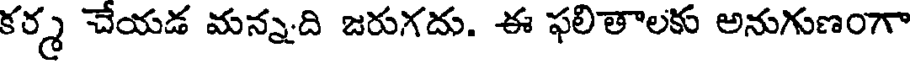
కర్మ చేయడ మన్నది జరుగదు. ఈ ఫలితాలకు అనుగుణంగా